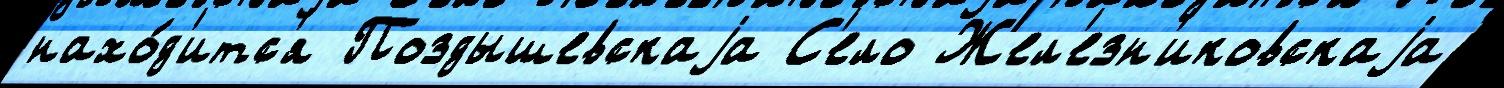
нахо́д'итс'я Поздышевскаjа С'ело Жел'езн'иковскаjа